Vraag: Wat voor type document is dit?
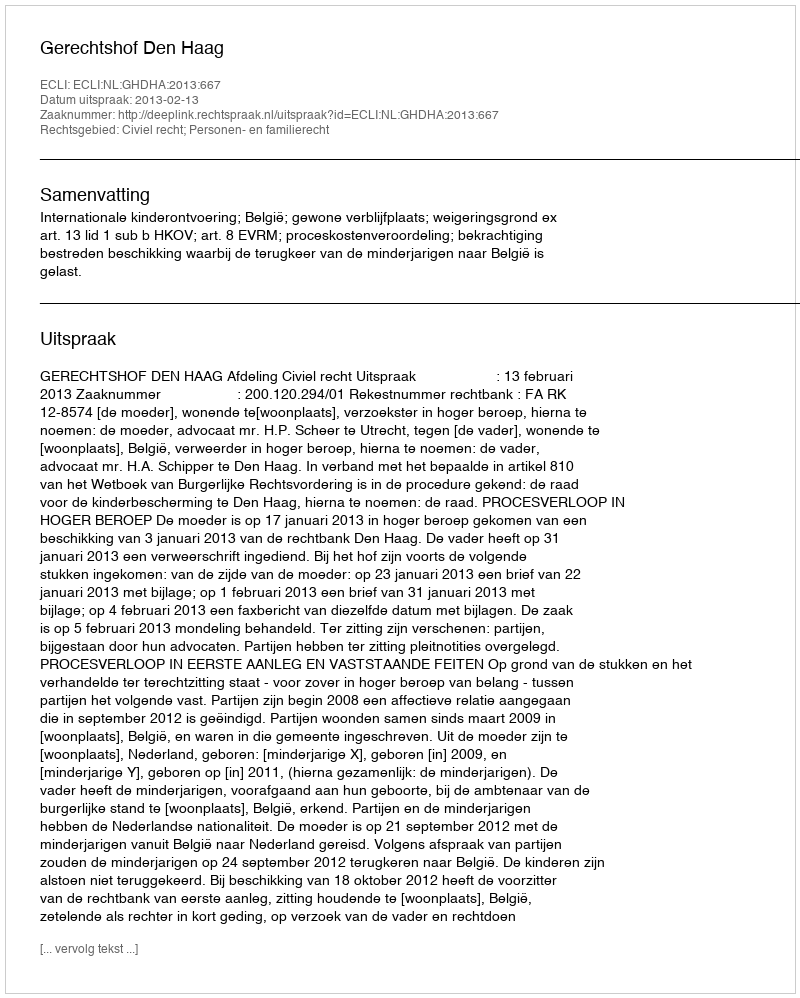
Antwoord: Uitspraak